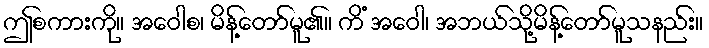
ဤစကားကို။ အဝေါစ၊ မိန့်တော်မူ၏။ ကိံ အဝေါ၊ အဘယ်သို့မိန့်တော်မူသနည်း။